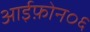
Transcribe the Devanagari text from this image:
आईफ़ोन०६